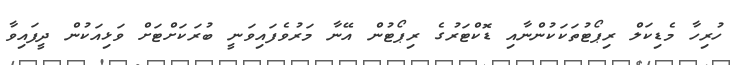
ހުރިހާ މެޑިކަލް ރިޕޯޓުތަކަކުންނާއި ޑޮކްޓަރުގެ ރިޕޯޓުން އޭނާ މަރުވެފައިވަނީ ބުރަކަށްޓަށް ވަޅިއަކުން ދީފައިވާ